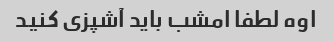
اوه لطفا امشب باید آشپزی کنید